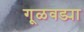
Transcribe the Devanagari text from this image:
गूळवड्या